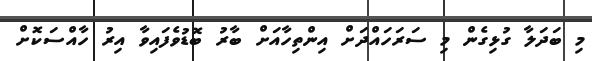
މި ބަދަލާ ގުޅިގެން މި ސަރަހައްދަށް އިންތިހާއަށް ބާރު ބޮޑުވެފައިވާ އިރު ހާއްސަކޮށް